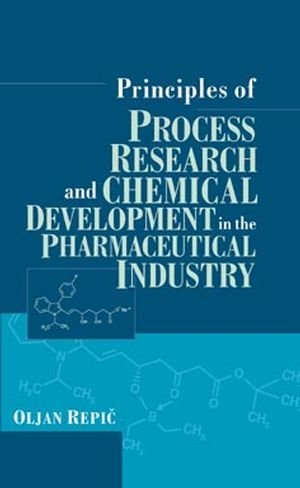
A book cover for Principles of Process Research and Chemical Development in the Pharmaceutical Industry; Oljan Repic; Medical Books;